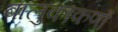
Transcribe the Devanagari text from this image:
बालुकाकणों